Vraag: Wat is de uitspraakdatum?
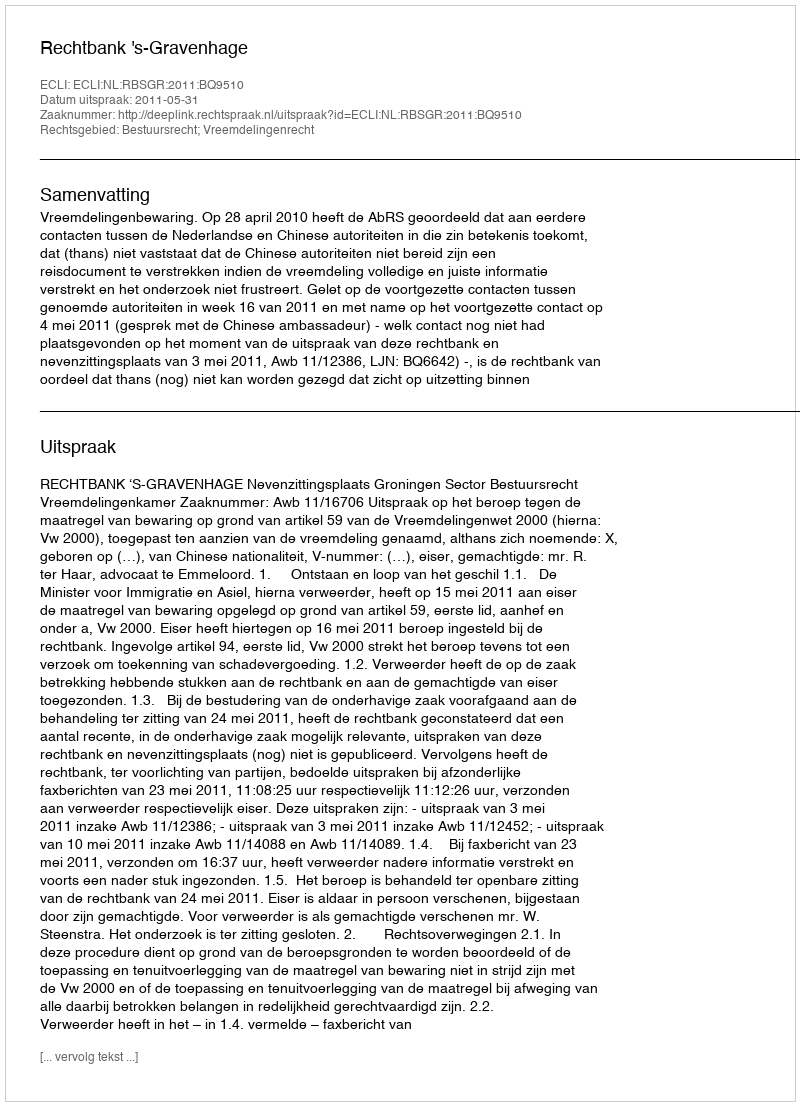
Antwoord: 2011-05-31